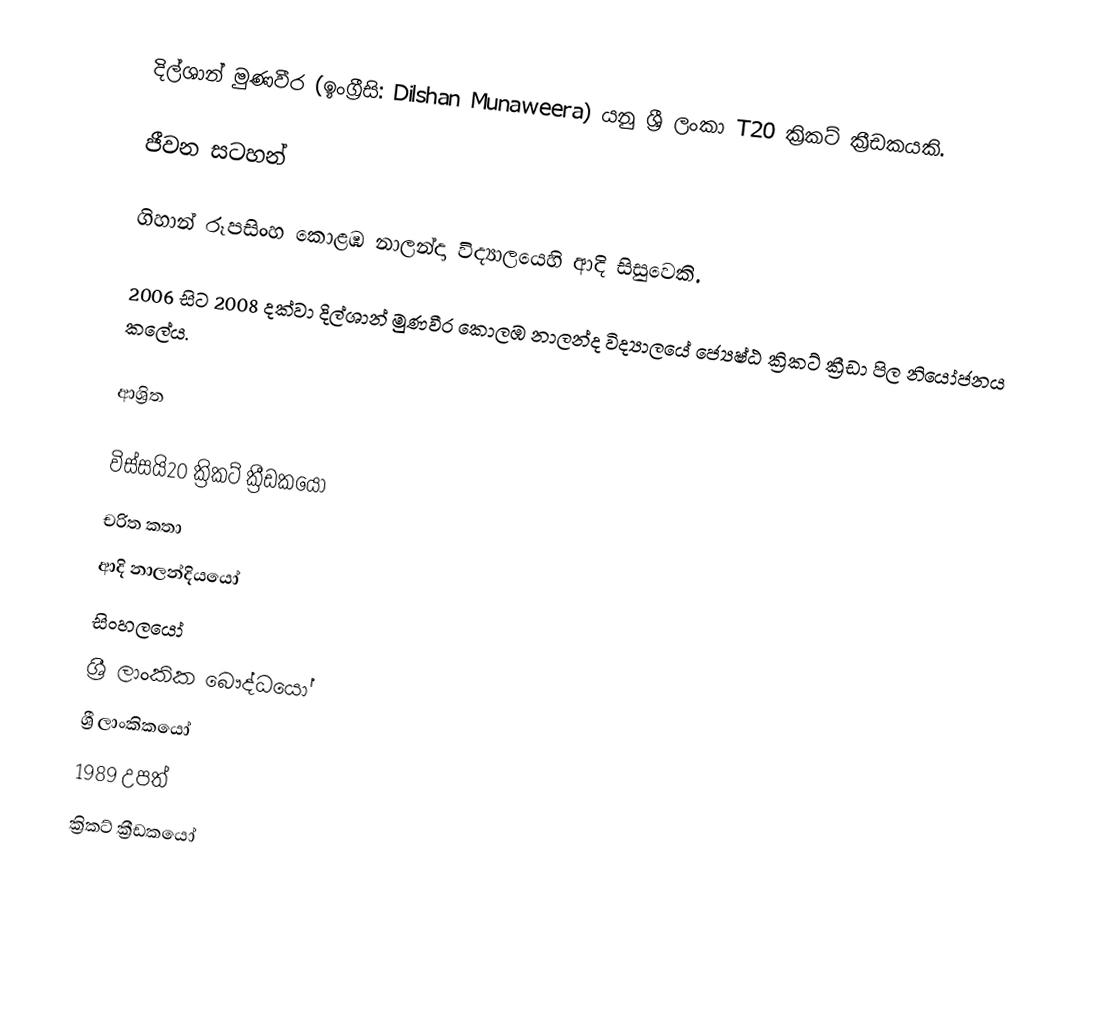
දිල්ශාන් මුණවීර (ඉංග්‍රීසි: Dilshan Munaweera) යනු ශ්‍රී ලංකා T20 ක්‍රිකට් ක්‍රීඩකයකි.

ජීවන සටහන්

ගිහාන් රූපසිංහ   කොළඹ නාලන්දා විද්‍යා‍ලයෙහි ආදි සිසුවෙකි.

2006 සිට 2008 දක්වා දිල්ශාන් මුණවීර  කොලඹ නාලන්ද  විද්‍යාලයේ  ජ්‍යෙෂ්ඨ ක්‍රිකට් ක්‍රීඩා පිල නියෝජනය කලේය.

ආශ්‍රිත

විස්සයි20 ක්‍රිකට් ක්‍රීඩකයෝ
චරිත කතා
ආදි නාලන්දියයෝ
සිංහලයෝ
ශ්‍රී ලාංකික බෞද්ධයෝ
ශ්‍රී ලාංකිකයෝ
1989 උපත්
ක්‍රිකට් ක්‍රීඩකයෝ